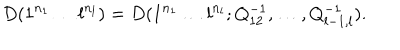
D ( 1 ^ { n _ { 1 } } \ldots l ^ { n _ { l } } ) = D ( 1 ^ { n _ { 1 } } \ldots l ^ { n _ { l } } ; Q _ { 1 2 } ^ { - 1 } , \ldots , Q _ { l - 1 , l } ^ { - 1 } ) .